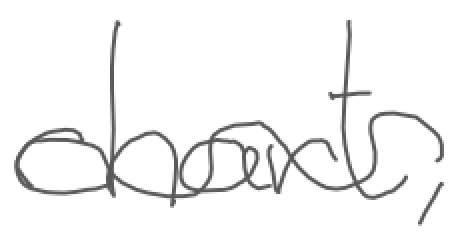
Text: chart,
Cross-out: wave
Writing tool: digital_gray